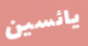
يائسين